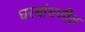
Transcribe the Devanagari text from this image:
घरबांधणीत